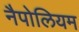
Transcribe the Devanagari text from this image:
नैपोलियम